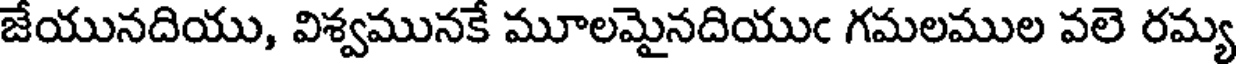
జేయునదియు, విశ్వమునకే మూలమైనదియుఁ గమలముల వలె రమ్య